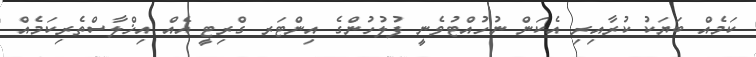
ކަމެއް ބަޔަކު ކުރާއިރި އެކަން ނުހުއްޓުވެނީ ފުލުހުންގެ އިންޓަރ ގްރިޓީ އެއް އިޚްލާސްތެރިކަމެއް